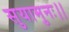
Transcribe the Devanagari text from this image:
सुयामुनः।।